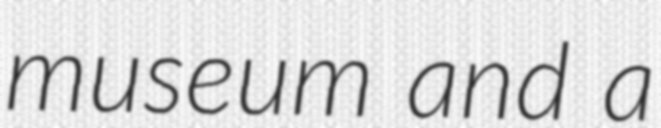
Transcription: museum and a